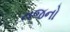
તજનો